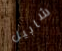
شابيل